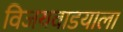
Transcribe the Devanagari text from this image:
विजयवाडयाला